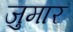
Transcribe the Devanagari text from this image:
जुमार